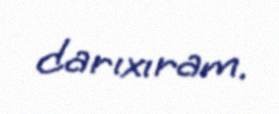
darıxıram.